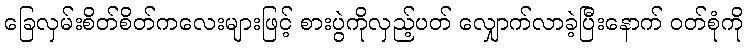
ခြေလှမ်းစိတ်စိတ်ကလေးများဖြင့် စားပွဲကိုလှည့်ပတ် လျှောက်လာခဲ့ပြီးနောက် ဝတ်စုံကို